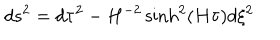
LaTeX: d s ^ { 2 } = d \tau ^ { 2 } - H ^ { - 2 } \sinh ^ { 2 } ( H \tau ) d \xi ^ { 2 }